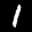
Label: 1